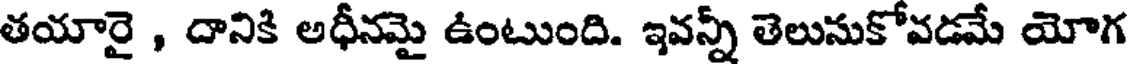
తయారై , దానికి అధీనమై ఉంటుంది. ఇవన్నీ తెలుసుకోవడమే యోగ